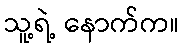
သူ့ရဲ့ နောက်က။